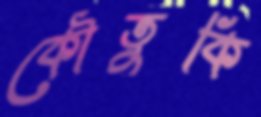
কৌতুকি